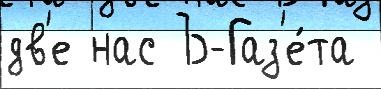
дв'е нас Ъ-Газ'е́та